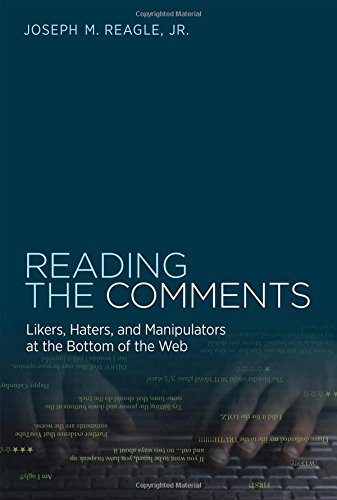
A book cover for Reading the Comments: Likers, Haters, and Manipulators at the Bottom of the Web; Joseph M. Reagle Jr.; Computers & Technology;